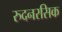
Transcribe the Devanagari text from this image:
रुदनरसिक